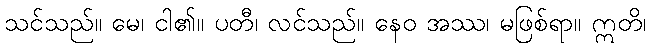
သင်သည်။ မေ၊ ငါ၏။ ပတီ၊ လင်သည်။ နေဝ အဿ၊ မဖြစ်ရာ။ ဣတိ၊